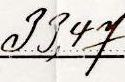
33,47